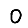
Digit: 0